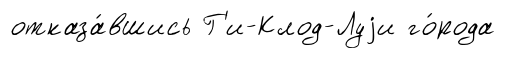
отказа́вшись Г'и-Клод-Луjи го́рода